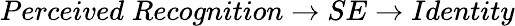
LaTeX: Perceived\; Recognition\rightarrow SE\rightarrow Identity